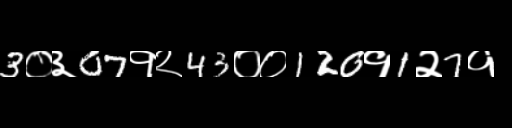
Text: 3०३07१२43००120१1२7१